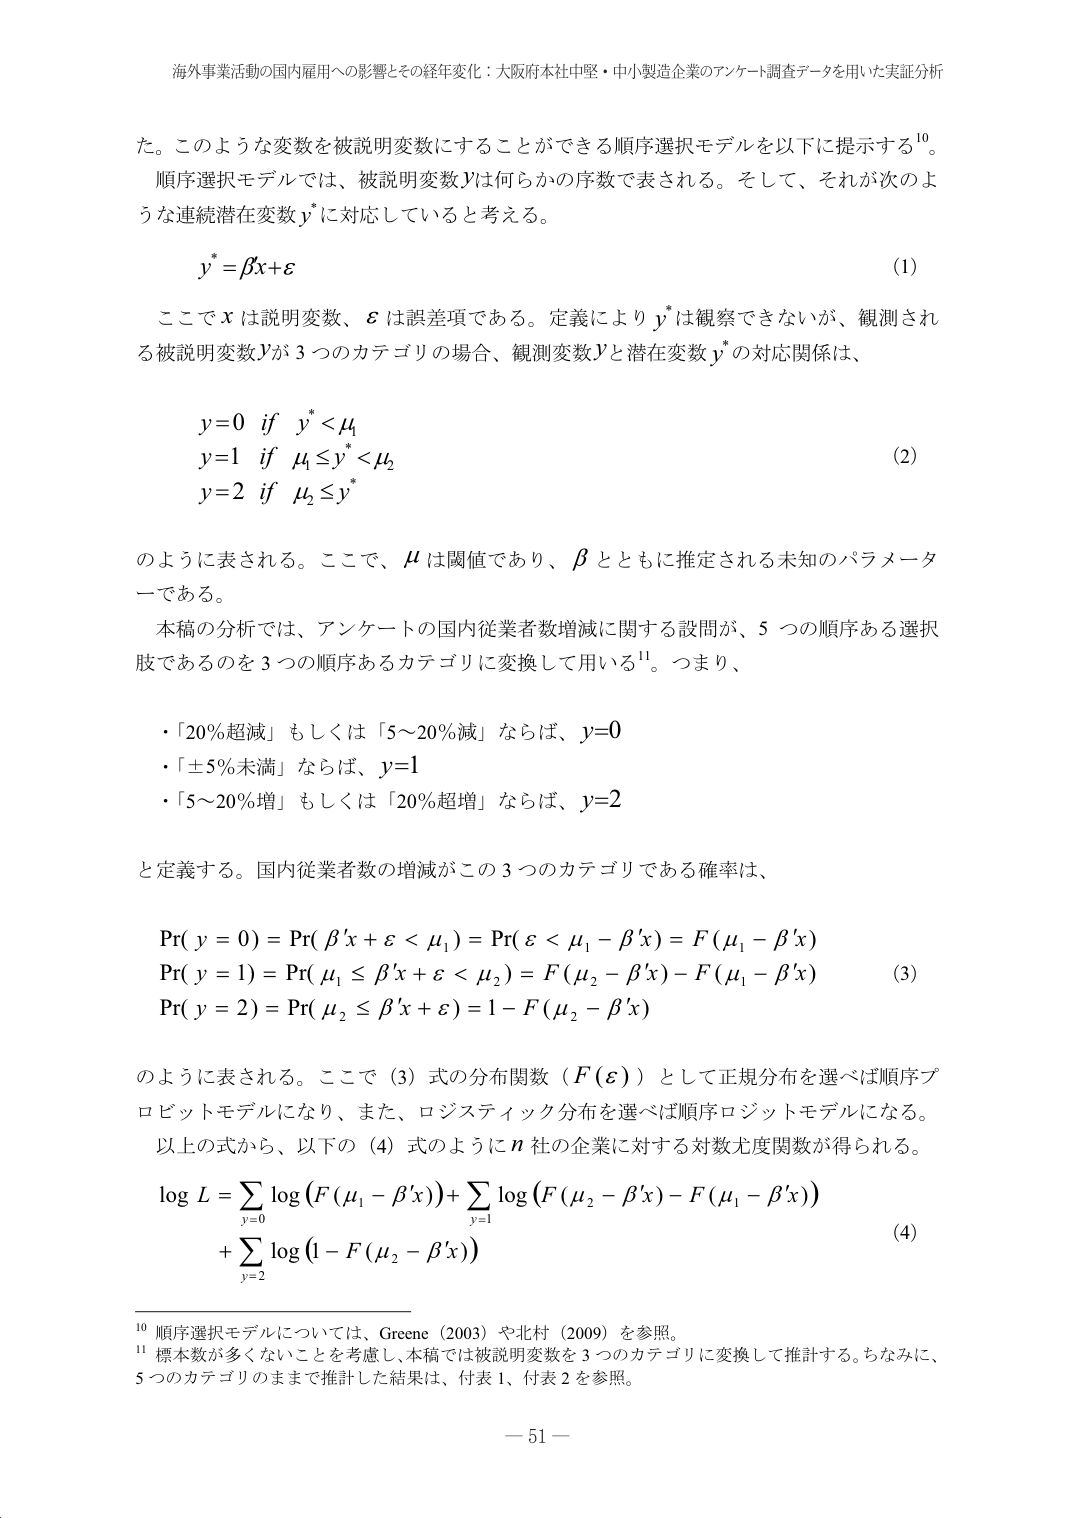
海外事業活動の国内雇用への影響とその経年変化：大阪府本社中堅・中小製造企業のアンケート調査データを用いた実証分析

た。このような変数を被説明変数にすることができる順序選択モデルを以下に提示する¹⁰。
順序選択モデルでは、被説明変数Yは何らかの序数で表される。そして、それが次のような連続潜在変数y*に対応していると考える。

y* = βx + ε  (1)

ここでxは説明変数、εは誤差項である。定義によりy*は観察できないが、観測される被説明変数Yが3つのカテゴリの場合、観測変数Yと潜在変数y*の対応関係は、

y=0 if y* < μ₁
y=1 if μ₁ ≤ y* < μ₂
y=2 if μ₂ ≤ y*  (2)

のように表される。ここで、μは閾値であり、βとともに推定される未知のパラメータである。

本稿の分析では、アンケートの国内従業者数増減に関する設問が、5つの順序ある選択肢であるのを3つの順序あるカテゴリに変換して用いる¹¹。つまり、

・「20%超減」もしくは「5～20%減」ならば、y=0
・「±5%未満」ならば、y=1
・「5～20%増」もしくは「20%超増」ならば、y=2

と定義する。国内従業者数の増減がこの3つのカテゴリである確率は、

Pr(y = 0) = Pr(β'x + ε < μ₁) = Pr(ε < μ₁ - β'x) = F(μ₁ - β'x)
Pr(y = 1) = Pr(μ₁ ≤ β'x + ε < μ₂) = F(μ₂ - β'x) - F(μ₁ - β'x)
Pr(y = 2) = Pr(μ₂ ≤ β'x + ε) = 1 - F(μ₂ - β'x)  (3)

のように表される。ここで(3)式の分布関数（F(ε)）として正規分布を選べば順序プロビットモデルになり、また、ロジスティック分布を選べば順序ロジットモデルになる。
以上の式から、以下の(4)式のようにn社の企業に対する対数尤度関数が得られる。

log L = Σ log(F(μ₁ - β'x)) + Σ log(F(μ₂ - β'x) - F(μ₁ - β'x))
          y=0             y=1
        + Σ log(1 - F(μ₂ - β'x))  (4)
          y=2

¹⁰ 順序選択モデルについては、Greene (2003) や北村 (2009) を参照。
¹¹ 標本数が多くないことを考慮し、本稿では被説明変数を3つのカテゴリに変換して推計する。ちなみに、5つのカテゴリのままで推計した結果は、付表1、付表2を参照。

— 51 —